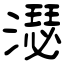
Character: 濏